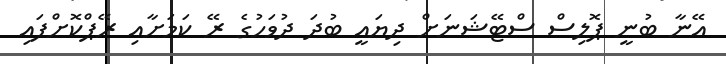
އޭނާ ބުނީ ޕޮލިސް ސްޓޭޝަނަށް ދިޔައީ ބުދަ ދުވަހުގެ ރޭ ކަމަށާއި ރޭޕްކޮށްފައި